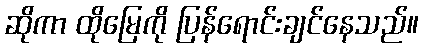
ဆိုကာ ထိုမြေကို ပြန်ရောင်းချင်နေသည်။